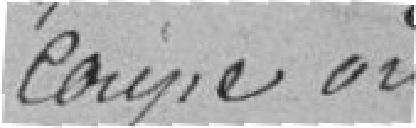
coupe ordinaire